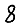
Digit: 8